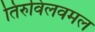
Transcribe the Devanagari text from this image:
तिरुविलवमल